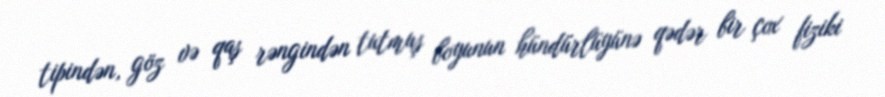
tipindən, göz və qaş rəngindən tutmuş boyunun hündürlüyünə qədər bir çox fiziki